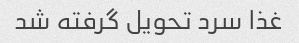
غذا سرد تحویل گرفته شد